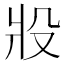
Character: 𰠎